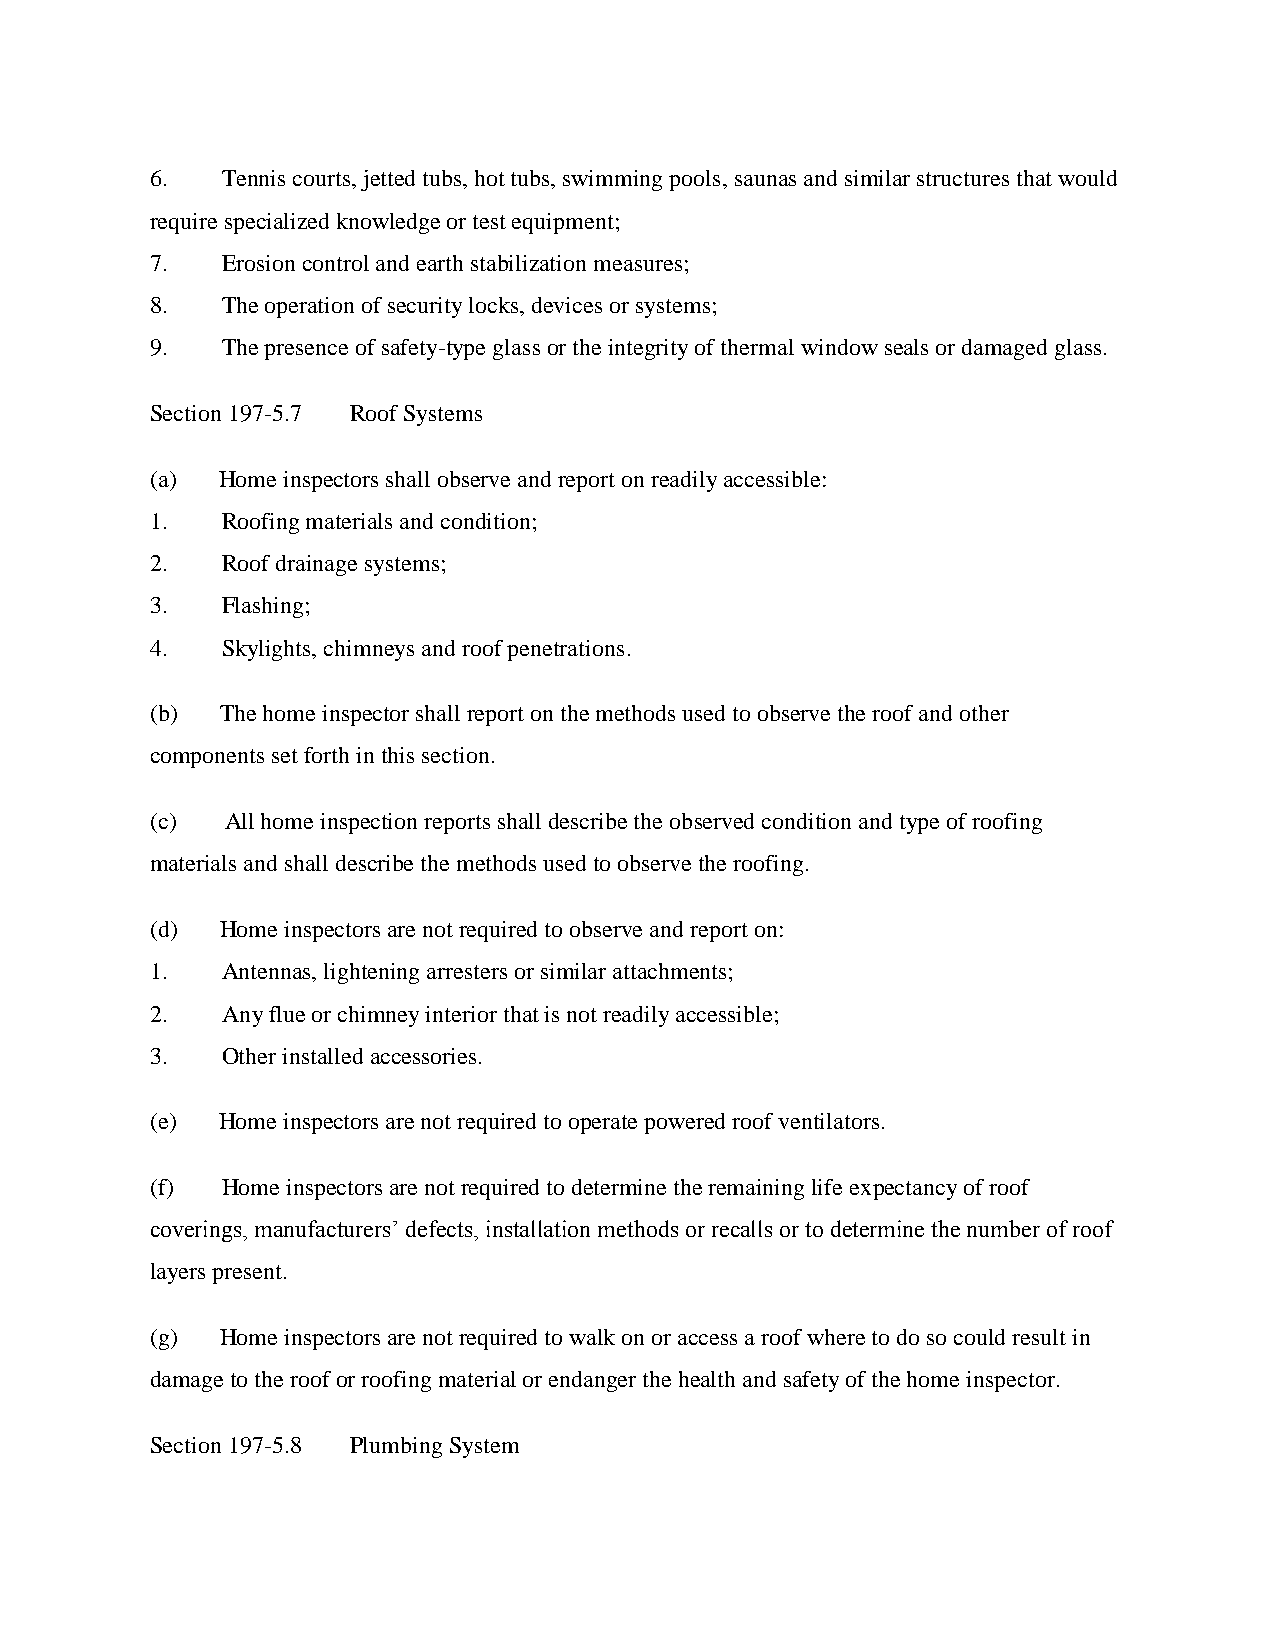
6.   Tennis courts, jetted tubs, hot tubs, swimming pools, saunas and similar structures that would
 require specialized knowledge or test equipment;
 7.   Erosion control and earth stabilization measures;
 8.   The operation of security locks, devices or systems;
 9.   The presence of safety-type glass or the integrity of thermal window seals or damaged glass.
 Section 197-5.7 Roof Systems
 (a) Home inspectors shall observe and report on readily accessible:
 1.   Roofing materials and condition;
 2.   Roof drainage systems;
 3.   Flashing;
 4.   Skylights, chimneys and roof penetrations.
 (b)  The home inspector shall report on the methods used to observe the roof and other
 components set forth in this section.
 (c)  All home inspection reports shall describe the observed condition and type of roofing
 materials and shall describe the methods used to observe the roofing.
 (d)  Home inspectors are not required to observe and report on:
 1.   Antennas, lightening arresters or similar attachments;
 2.   Any flue or chimney interior that is not readily accessible;
 3.   Other installed accessories.
 (e) Home inspectors are not required to operate powered roof ventilators.
 (f)  Home inspectors are not required to determine the remaining life expectancy of roof
 coverings, manufacturers’ defects, installation methods or recalls or to determine the number of roof
 layers present.
 (g)  Home inspectors are not required to walk on or access a roof where to do so could result in
 damage to the roof or roofing material or endanger the health and safety of the home inspector.
 Section 197-5.8 Plumbing System